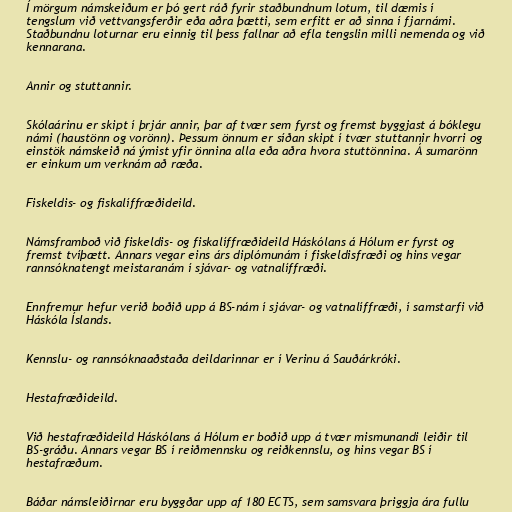
Í mörgum námskeiðum er þó gert ráð fyrir staðbundnum lotum, til dæmis í
tengslum við vettvangsferðir eða aðra þætti, sem erfitt er að sinna í fjarnámi.
Staðbundnu loturnar eru einnig til þess fallnar að efla tengslin milli nemenda og við
kennarana.

Annir og stuttannir.

Skólaárinu er skipt í þrjár annir, þar af tvær sem fyrst og fremst byggjast á bóklegu
námi (haustönn og vorönn). Þessum önnum er síðan skipt í tvær stuttannir hvorri og
einstök námskeið ná ýmist yfir önnina alla eða aðra hvora stuttönnina. Á sumarönn
er einkum um verknám að ræða.

Fiskeldis- og fiskalíffræðideild.

Námsframboð við fiskeldis- og fiskalíffræðideild Háskólans á Hólum er fyrst og
fremst tvíþætt. Annars vegar eins árs diplómunám í fiskeldisfræði og hins vegar
rannsóknatengt meistaranám í sjávar- og vatnalíffræði.

Ennfremur hefur verið boðið upp á BS-nám í sjávar- og vatnalíffræði, í samstarfi við
Háskóla Íslands.

Kennslu- og rannsóknaaðstaða deildarinnar er í Verinu á Sauðárkróki.

Hestafræðideild.

Við hestafræðideild Háskólans á Hólum er boðið upp á tvær mismunandi leiðir til
BS-gráðu. Annars vegar BS í reiðmennsku og reiðkennslu, og hins vegar BS í
hestafræðum.

Báðar námsleiðirnar eru byggðar upp af 180 ECTS, sem samsvara þriggja ára fullu